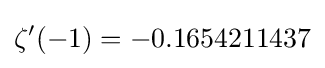
\zeta '(-1)=-0.1654211437